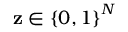
\mathbf { z } \in \left\{ 0 , 1 \right\} ^ { N }